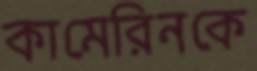
কামেরিনকে